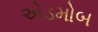
એડમોબ